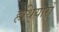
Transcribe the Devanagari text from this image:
हथियारोँ